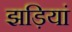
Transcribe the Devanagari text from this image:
झड़ियां